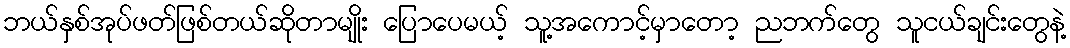
ဘယ်နှစ်အုပ်ဖတ်ဖြစ်တယ်ဆိုတာမျိုး ပြောပေမယ့် သူ့အကောင့်မှာတော့ ညဘက်တွေ သူငယ်ချင်းတွေနဲ့